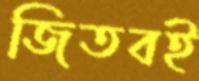
জিতবই